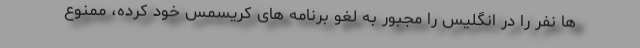
ها نفر را در انگلیس را مجبور به لغو برنامه های کریسمس خود کرده، ممنوع